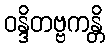
ဝန္ဒိတဗ္ဗကန္တိ